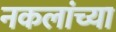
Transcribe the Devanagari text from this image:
नकलांच्या